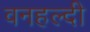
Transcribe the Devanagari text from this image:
वनहल्दी